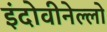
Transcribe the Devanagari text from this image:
इंदोवीनेल्लो